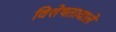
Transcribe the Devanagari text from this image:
विशेषतावाले